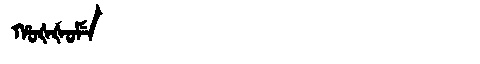
Manchu: ᡥᠣᡧᡧᠣᠮᡝ
Romanization: HOŠŠOME